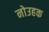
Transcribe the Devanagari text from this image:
नोउहक